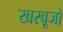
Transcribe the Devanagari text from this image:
खरबूजों